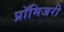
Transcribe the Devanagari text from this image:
प्रॉमिजरी